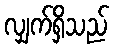
လျှက်ရှိသည်